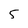
Character: 5